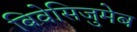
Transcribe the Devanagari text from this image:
बिवेसिजुमेब